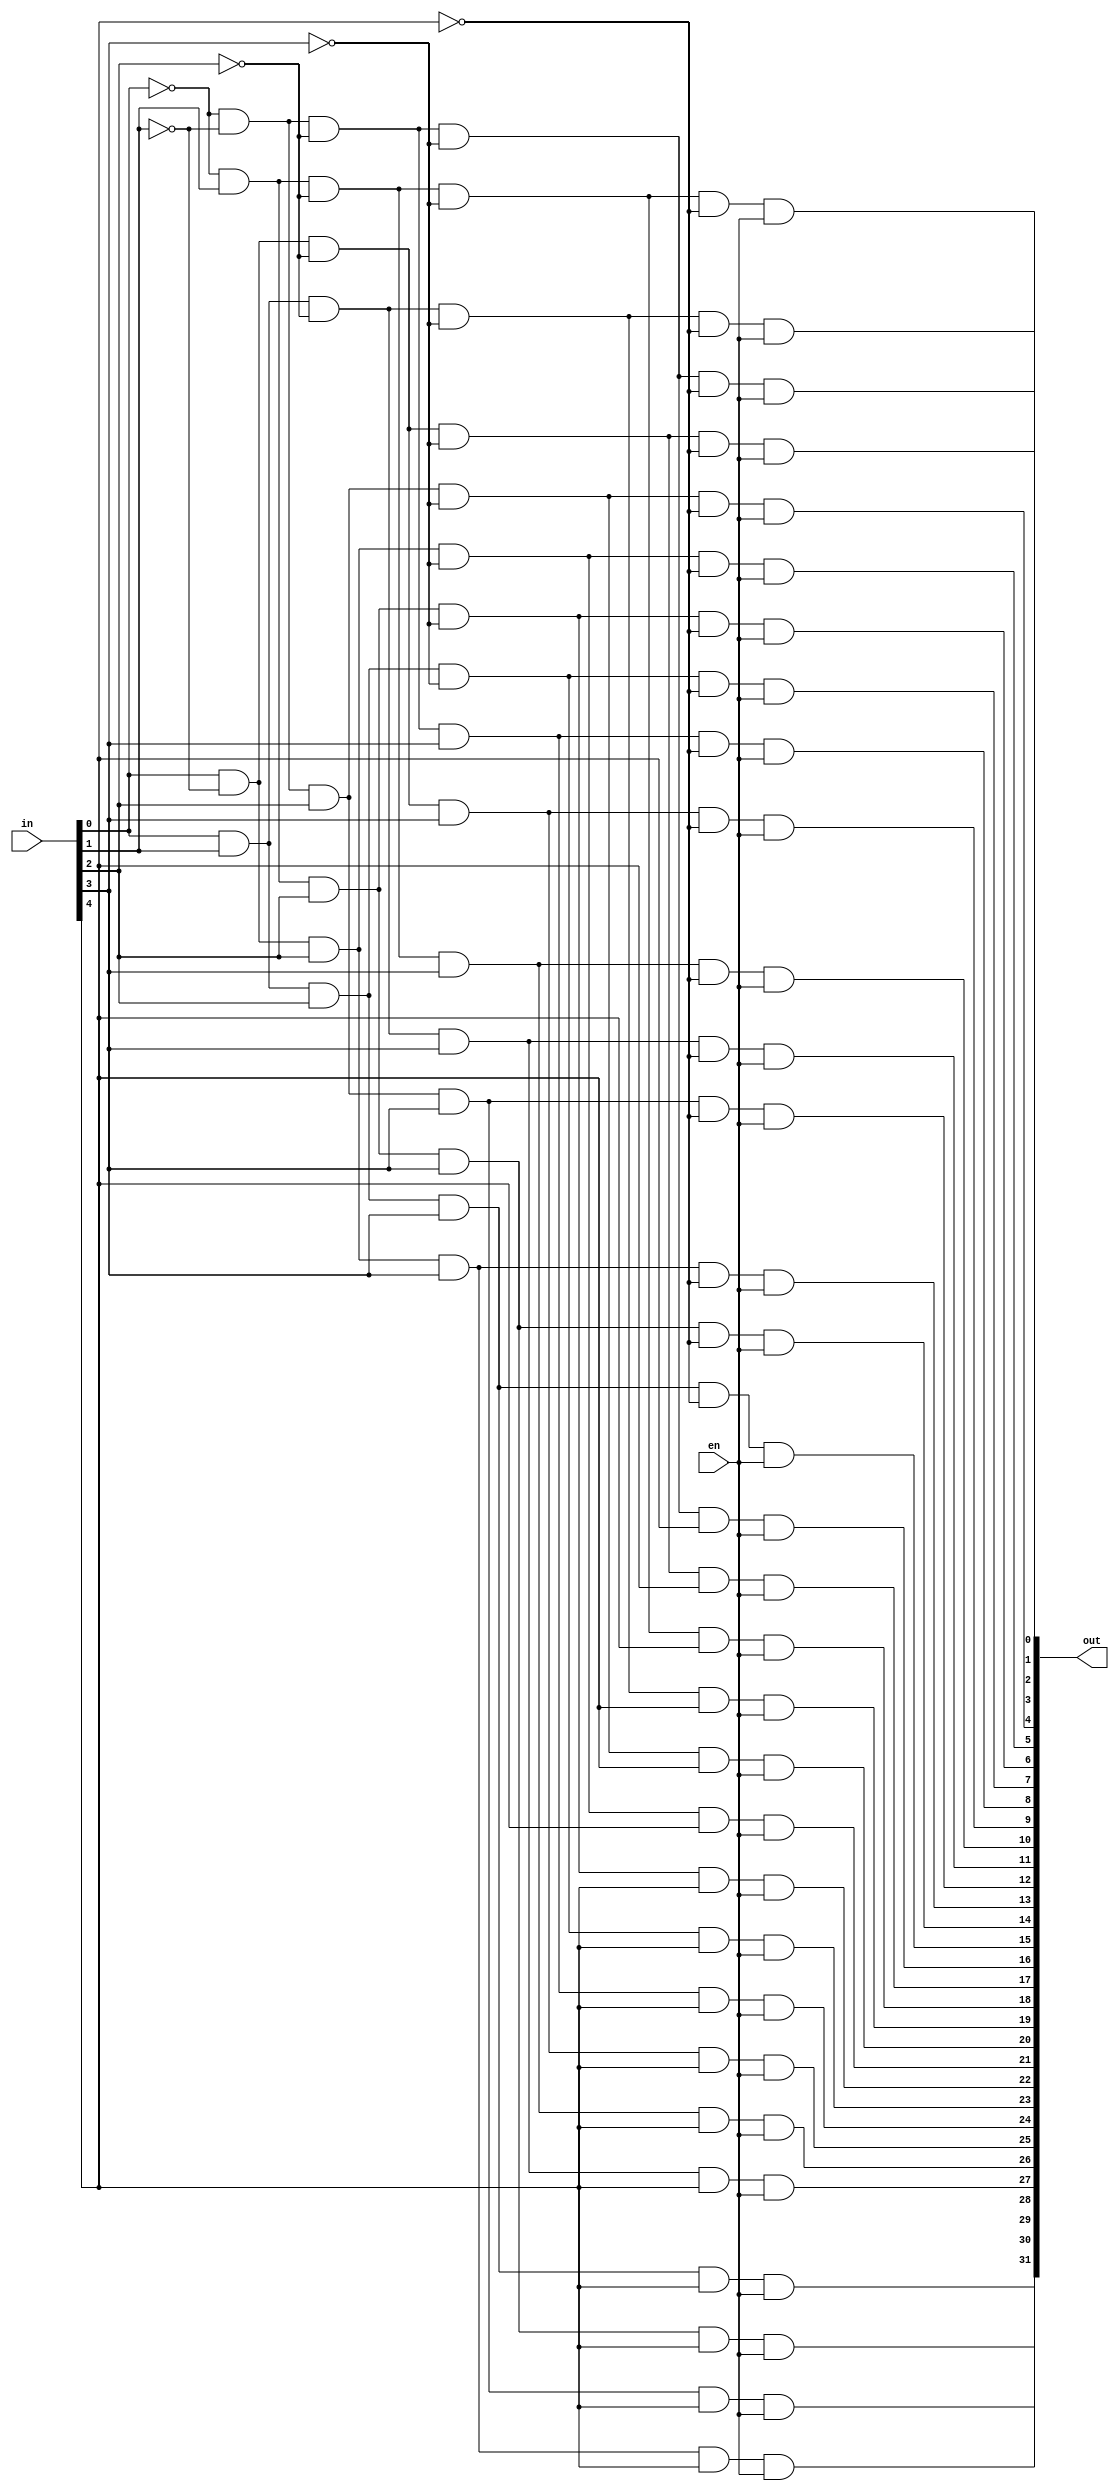
module decode(in, out, en);

	input [4:0] in;
	output [31:0] out;
	
	input en;
	
	wire in0, in1, in2, in3, in4, nin0, nin1, nin2, nin3, nin4;
	
	assign in0 = in[0];
	assign in1 = in[1];
	assign in2 = in[2];
	assign in3 = in[3];
	assign in4 = in[4];
	
	not n0(nin0, in[0]);
	not n1(nin1, in[1]);
	not n2(nin2, in[2]);
	not n3(nin3, in[3]);
	not n4(nin4, in[4]);
	
	and and0(out[0], nin0, nin1, nin2, nin3, nin4, en);
	and and1(out[1], in0, nin1, nin2, nin3, nin4, en);
	and and2(out[2], nin0, in1, nin2, nin3, nin4, en); 
	and and3(out[3], in0, in1, nin2, nin3, nin4, en);
	and and4(out[4], nin0, nin1, in2, nin3, nin4, en);
	and and5(out[5], in0, nin1, in2, nin3, nin4, en);
	and and6(out[6], nin0, in1, in2, nin3, nin4, en);
	and and7(out[7], in0, in1, in2, nin3, nin4, en);
	and and8(out[8], nin0, nin1, nin2, in3, nin4, en);
	and and9(out[9], in0, nin1, nin2, in3, nin4, en);
	and and10(out[10], nin0, in1, nin2, in3, nin4, en); 
	and and11(out[11], in0, in1, nin2, in3, nin4, en);
	and and12(out[12], nin0, nin1, in2, in3, nin4, en);
	and and13(out[13], in0, nin1, in2, in3, nin4, en);
	and and14(out[14], nin0, in1, in2, in3, nin4, en);
	and and15(out[15], in0, in1, in2, in3, nin4, en);
	and and16(out[16], nin0, nin1, nin2, nin3, in4, en);
	and and17(out[17], in0, nin1, nin2, nin3, in4, en);
	and and18(out[18], nin0, in1, nin2, nin3, in4, en); 
	and and19(out[19], in0, in1, nin2, nin3, in4, en);
	and and20(out[20], nin0, nin1, in2, nin3, in4, en);
	and and21(out[21], in0, nin1, in2, nin3, in4, en);
	and and22(out[22], nin0, in1, in2, nin3, in4, en);
	and and23(out[23], in0, in1, in2, nin3, in4, en);
	and and24(out[24], nin0, nin1, nin2, in3, in4, en);
	and and25(out[25], in0, nin1, nin2, in3, in4, en);
	and and26(out[26], nin0, in1, nin2, in3, in4, en); 
	and and27(out[27], in0, in1, nin2, in3, in4, en);
	and and28(out[28], nin0, nin1, in2, in3, in4, en);
	and and29(out[29], in0, nin1, in2, in3, in4, en);
	and and30(out[30], nin0, in1, in2, in3, in4, en);
	and and31(out[31], in0, in1, in2, in3, in4, en);

endmodule